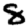
Digit: 8